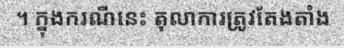
។ ក្នុងករណីនេះ តុលាការត្រូវតែងតាំង